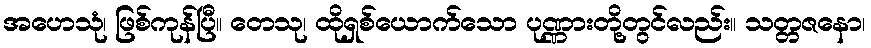
အဟေသုံ၊ ဖြစ်ကုန်ပြီ။ တေသု၊ ထိုရှစ်ယောက်သော ပုဏ္ဏားတို့တွင်လည်း။ သတ္တဇနော၊